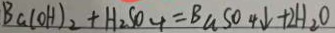
B a ( O H ) _ { 2 } + H _ { 2 } S O _ { 4 } = B a S O 4 \downarrow + 2 H _ { 2 } O